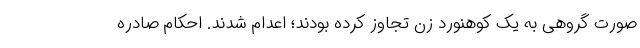
صورت گروهی به یک کوهنورد زن تجاوز کرده بودند؛ اعدام شدند. احکام صادره